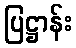
ပြဋ္ဌာန်း